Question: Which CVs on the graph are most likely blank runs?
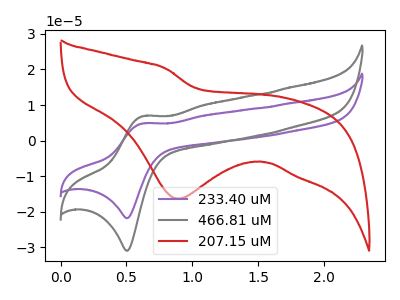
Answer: <think>The purple curve "233.40 uM" has an anodic peak at (0.60V, 4.85uA) and a cathodic peak at (0.50V, -21.75uA). The gray curve "466.81 uM" has an anodic peak at (0.60V, 6.90uA) and a cathodic peak at (0.50V, -30.95uA). The red curve "207.15 uM" has a cathodic peak at: (0.90V, -16.30uA).</think>
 <answer>There are not any CV's on this graph that are likely to be blanks.</answer>
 <eval>none</eval>